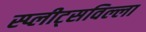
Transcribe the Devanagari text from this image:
स्प्लीट्सविल्ला